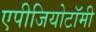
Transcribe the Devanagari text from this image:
एपीजियोटॉमी